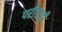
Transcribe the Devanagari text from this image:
परीग्राही